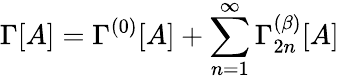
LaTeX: \Gamma[A]=\Gamma^{(0)}[A]+\sum_{n=1}^{\infty}\Gamma_{2n}^{(\beta)}[A]